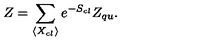
Z = \sum _ { \langle X _ { c l } \rangle } e ^ { - S _ { c l } } Z _ { q u } .